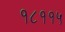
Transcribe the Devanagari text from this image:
१८११५